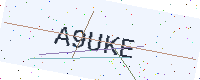
Text: A9UKE